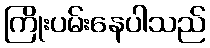
ကြိုးပမ်းနေပါသည်